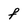
Character: f